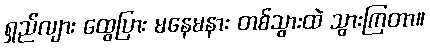
ရှည်လျား ထွေပြား မနေမနား တစ်သွားထဲ သွားကြတာ။